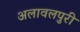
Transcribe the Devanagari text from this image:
अलावलपुरी